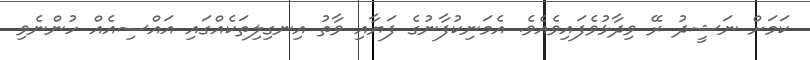
ކަމަށް ނަޝީދު ރޭ ވިދާޅުވެފައިވެއެވެ. އެމަނިކުފާނުގެ ފަޔާއި ވާތު އިނގިލިތަކެއްގައި އައްސިއެއް ހުންނެވި